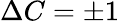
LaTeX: \Delta C=\pm 1